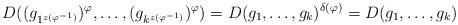
LaTeX: \begin{align*}D((g_{1^{z(\varphi^{-1})}})^\varphi,\dots,(g_{k^{z(\varphi^{-1})}})^\varphi)=D(g_1,\dots,g_k)^{\delta(\varphi)}=D(g_1,\dots,g_k)\end{align*}